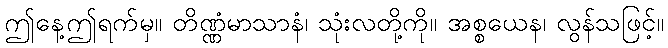
ဤနေ့ဤရက်မှ။ တိဏ္ဏံမာသာနံ၊ သုံးလတို့ကို။ အစ္စယေန၊ လွန်သဖြင့်။